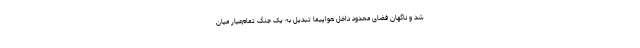
شد و ناگهان فضای محدود داخل هواپیما تبدیل به یک جنگ تمام‌عیار میان